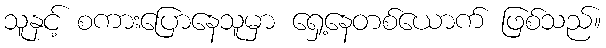
သူနှင့် စကားပြောနေသူမှာ ရှေ့နေတစ်ယောက် ဖြစ်သည်။